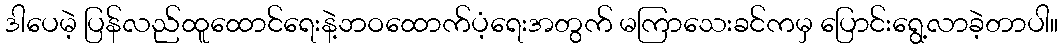
ဒါပေမဲ့ ပြန်လည်ထူထောင်ရေးနဲ့ဘဝထောက်ပံ့ရေးအတွက် မကြာသေးခင်ကမှ ပြောင်းရွေ့လာခဲ့တာပါ။